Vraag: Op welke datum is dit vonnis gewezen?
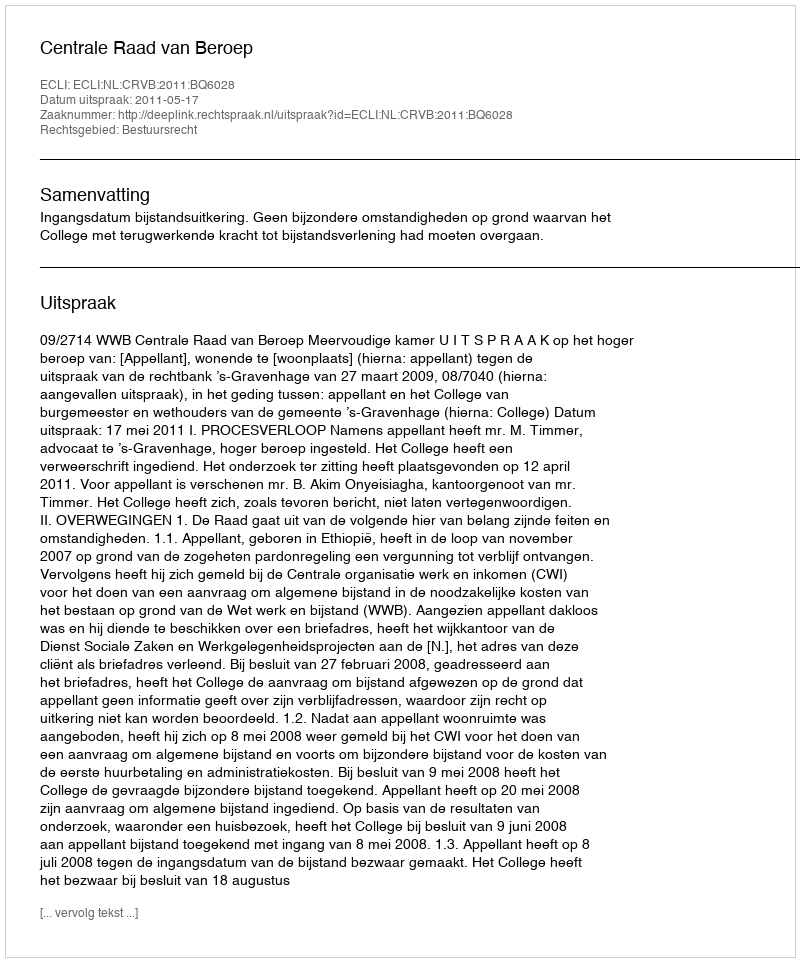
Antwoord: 2011-05-17